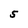
Character: 5